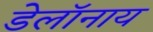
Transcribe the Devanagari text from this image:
डेलॉनाय